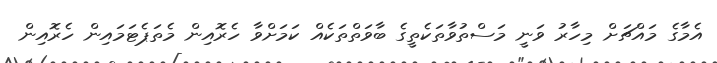
އެމާގެ މައްޗަށް މިހާރު ވަނީ މަސްތުވާތަކެތީގެ ބާވަތްތަކެއް ކަމަށްވާ ހެރޮއިން މެތަޕެޓަމައިން ހެރޮއިން